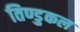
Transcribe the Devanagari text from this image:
तिण्डुकल